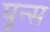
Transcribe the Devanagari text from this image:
पून्स